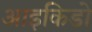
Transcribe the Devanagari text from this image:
आइकिडो